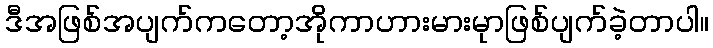
ဒီအဖြစ်အပျက်ကတော့အိုကာဟားမားမုာဖြစ်ပျက်ခဲ့တာပါ။